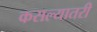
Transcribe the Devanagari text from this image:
कसल्यातरी